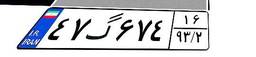
۴۷گ۶۷۴۱۶